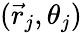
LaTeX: (\vec{r}_{j},\theta_{j})